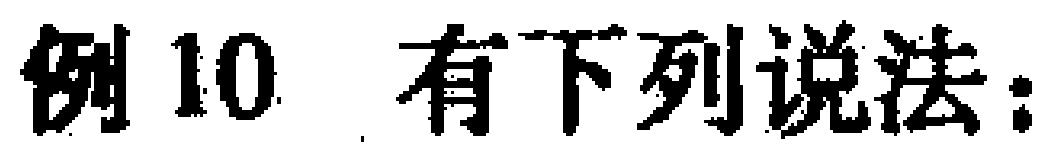
例 10 有下列说法：